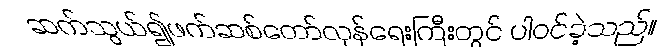
ဆက်သွယ်၍ဖက်ဆစ်တော်လှန်ရေးကြီးတွင် ပါဝင်ခဲ့သည်။